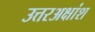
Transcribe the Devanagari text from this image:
उत्तरअक्षांश